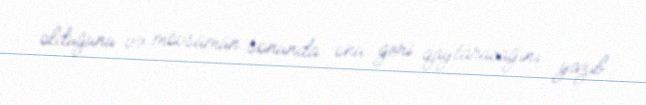
olduğunu və mövsümün sonunda onu geri qaytaracağını yazıb.